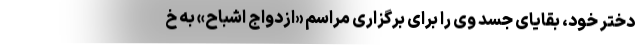
دختر خود، بقایای جسد وی را برای برگزاری مراسم «ازدواج اشباح» به خ